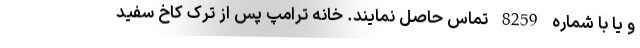
و یا با شماره 8259 تماس حاصل نمایند. خانه ترامپ پس از ترک کاخ سفید